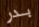
بدر